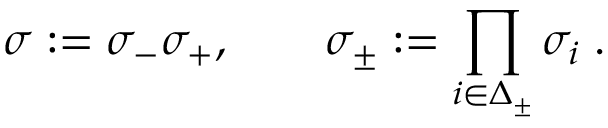
\sigma : = \sigma _ { - } \sigma _ { + } , \quad \quad \sigma _ { \pm } : = \prod _ { i \in \Delta _ { \pm } } \sigma _ { i } \; .